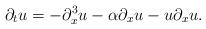
LaTeX: \begin{align*}\partial_{t}u=-\partial_{x}^{3}u-\alpha\partial_{x}u-u\partial_{x}u.\end{align*}